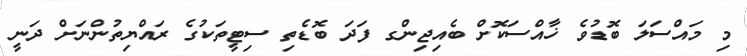
މި މައްސަލަ ބޮޑުވެ ޚާއްސަކޮށް ބެއިޖިންގ ފަދަ ބޮޑެތި ސިޓީތަކުގެ ރައްޔިތުންނަށް ދަނީ